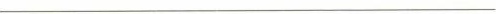
___